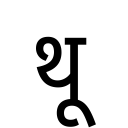
OCR:
थू